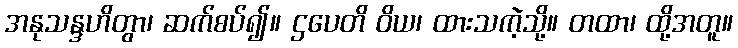
အနုသန္ဒဟိတွာ၊ ဆက်စပ်၍။ ဌပေတိ ဝိယ၊ ထားသကဲ့သို့။ တထာ၊ ထို့အတူ။